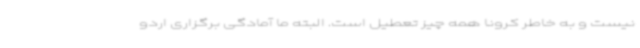
نیست و به خاطر کرونا همه چیز تعطیل است. البته ما آمادگی برگزاری اردو